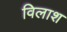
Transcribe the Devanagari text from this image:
विलाश